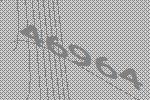
46964